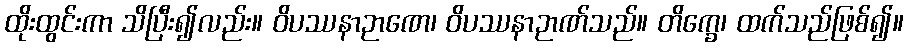
ထိုးထွင်းကာ သိပြီး၍လည်း။ ဝိပဿနာဉာဏေ၊ ဝိပဿနာဉာဏ်သည်။ တိက္ခေ၊ ထက်သည်ဖြစ်၍။